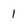
Character: 1